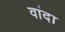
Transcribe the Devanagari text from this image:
वांदा